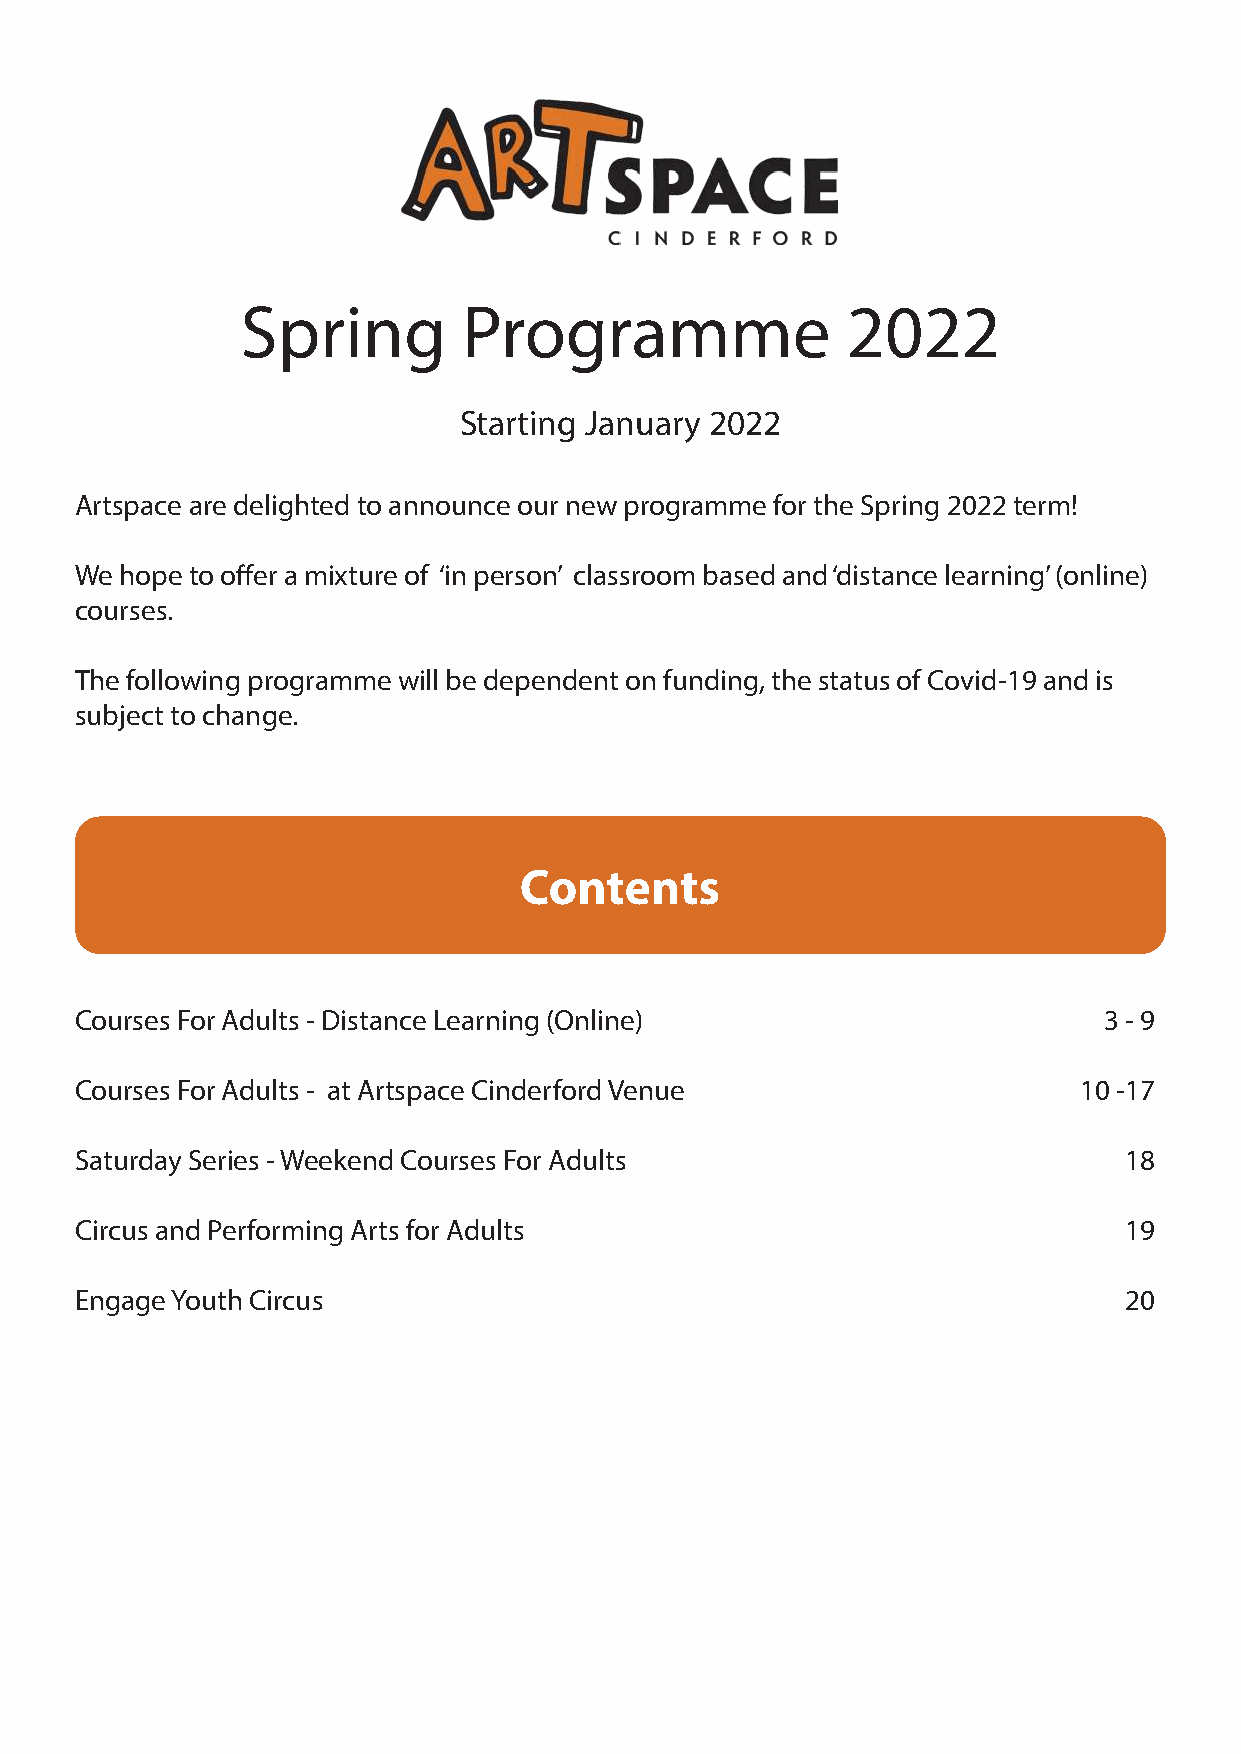
Spring         Programme                2022
 Starting January 2022
 Artspace are delighted to announce our new programme for the Spring 2022 term!
 We hope to offer a mixture of ‘in person’ classroom based and ‘distance learning’ (online)
 courses.
 The following programme will be dependent on funding, the status of Covid-19 and is
 subject to change.
 Contents
 Courses For Adults - Distance Learning (Online)                     3 - 9
 Courses For Adults - at Artspace Cinderford Venue                 10 -17
 Saturday Series - Weekend Courses For Adults                         18
 Circus and Performing Arts for Adults                                19
 Engage Youth Circus                                                  20